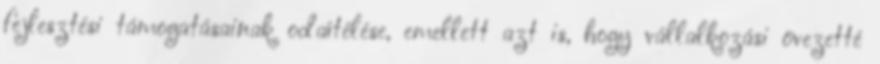
fejlesztési támogatásainak odaítélése, emellett azt is, hogy vállalkozási övezetté